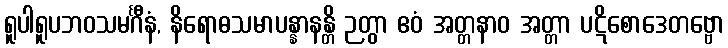
ရူပါရူပဘဝသမင်္ဂီနံ, နိရောဓသမာပန္နာနန္တိ ဉတွာ ဧဝံ အတ္တနာဝ အတ္တာ ပဋိစောဒေတဗ္ဗော